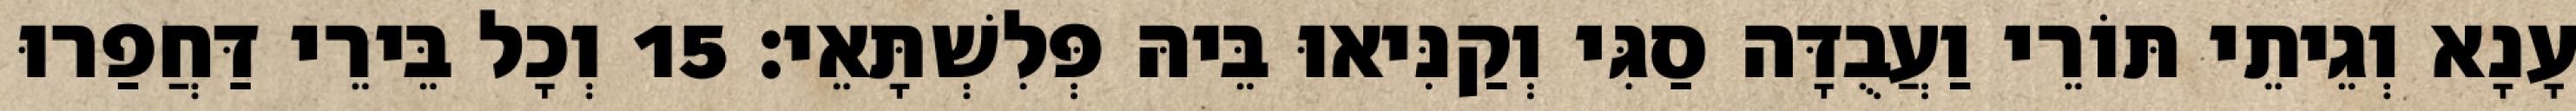
עָנָא וְגֵיתֵי תּוֹרֵי וַעֲבֻדָּה סַגִּי וְקַנִּיאוּ בֵּיהּ פְּלִשְׁתָּאֵי׃ 15 וְכָל בֵּירֵי דַּחֲפַרוּ